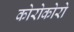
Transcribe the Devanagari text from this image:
कोरोकोरो